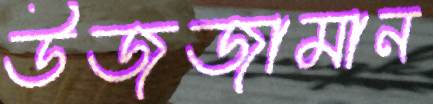
উজজামান